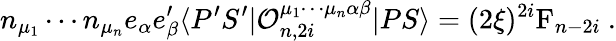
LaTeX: n_{\mu_{1}}\cdots n_{\mu_{n}}e_{\alpha}e_{\beta}^{\prime}\langle P^{\prime}S^{\prime}|{\cal O}_{n,2i}^{\mu_{1}\cdots\mu_{n}\alpha\beta}|PS\rangle=(2\xi)^{2i}\mathrm{F}_{n-2i}\ .